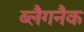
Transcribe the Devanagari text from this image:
ब्लैगनैक